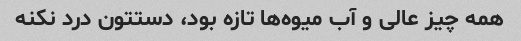
همه چیز عالی و آب میوه‌ها تازه بود، دستتون درد نکنه